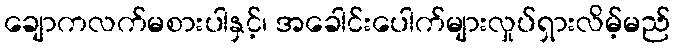
ချောကလက်မစားပါနှင့်၊ အခေါင်းပေါက်များလှုပ်ရှားလိမ့်မည်